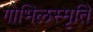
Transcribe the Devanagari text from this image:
गोभिलस्मृति